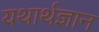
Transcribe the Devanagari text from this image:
यथार्थज्ञान